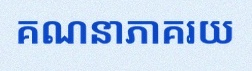
គណនាភាគរយ